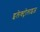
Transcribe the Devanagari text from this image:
इलेक्ट्रोलाइज़